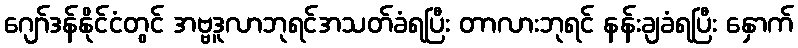
ဂျော်ဒန်နိုင်ငံတွင် အဗ္ဗဒူလာဘုရင်အသတ်ခံရပြီး တာလားဘုရင် နန်းချခံရပြီး နှောက်